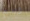
رسم